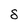
Character: 8